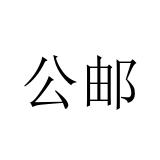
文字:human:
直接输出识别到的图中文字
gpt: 公邮